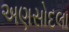
અણસોદલા